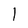
Character: l